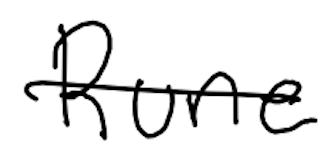
Text: Rune
Cross-out: mix
Writing tool: digital_black